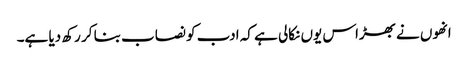
انھوں نے بھڑاس یوں نکالی ہے کہ ادب کو نصاب بنا کر رکھ دیا ہے۔